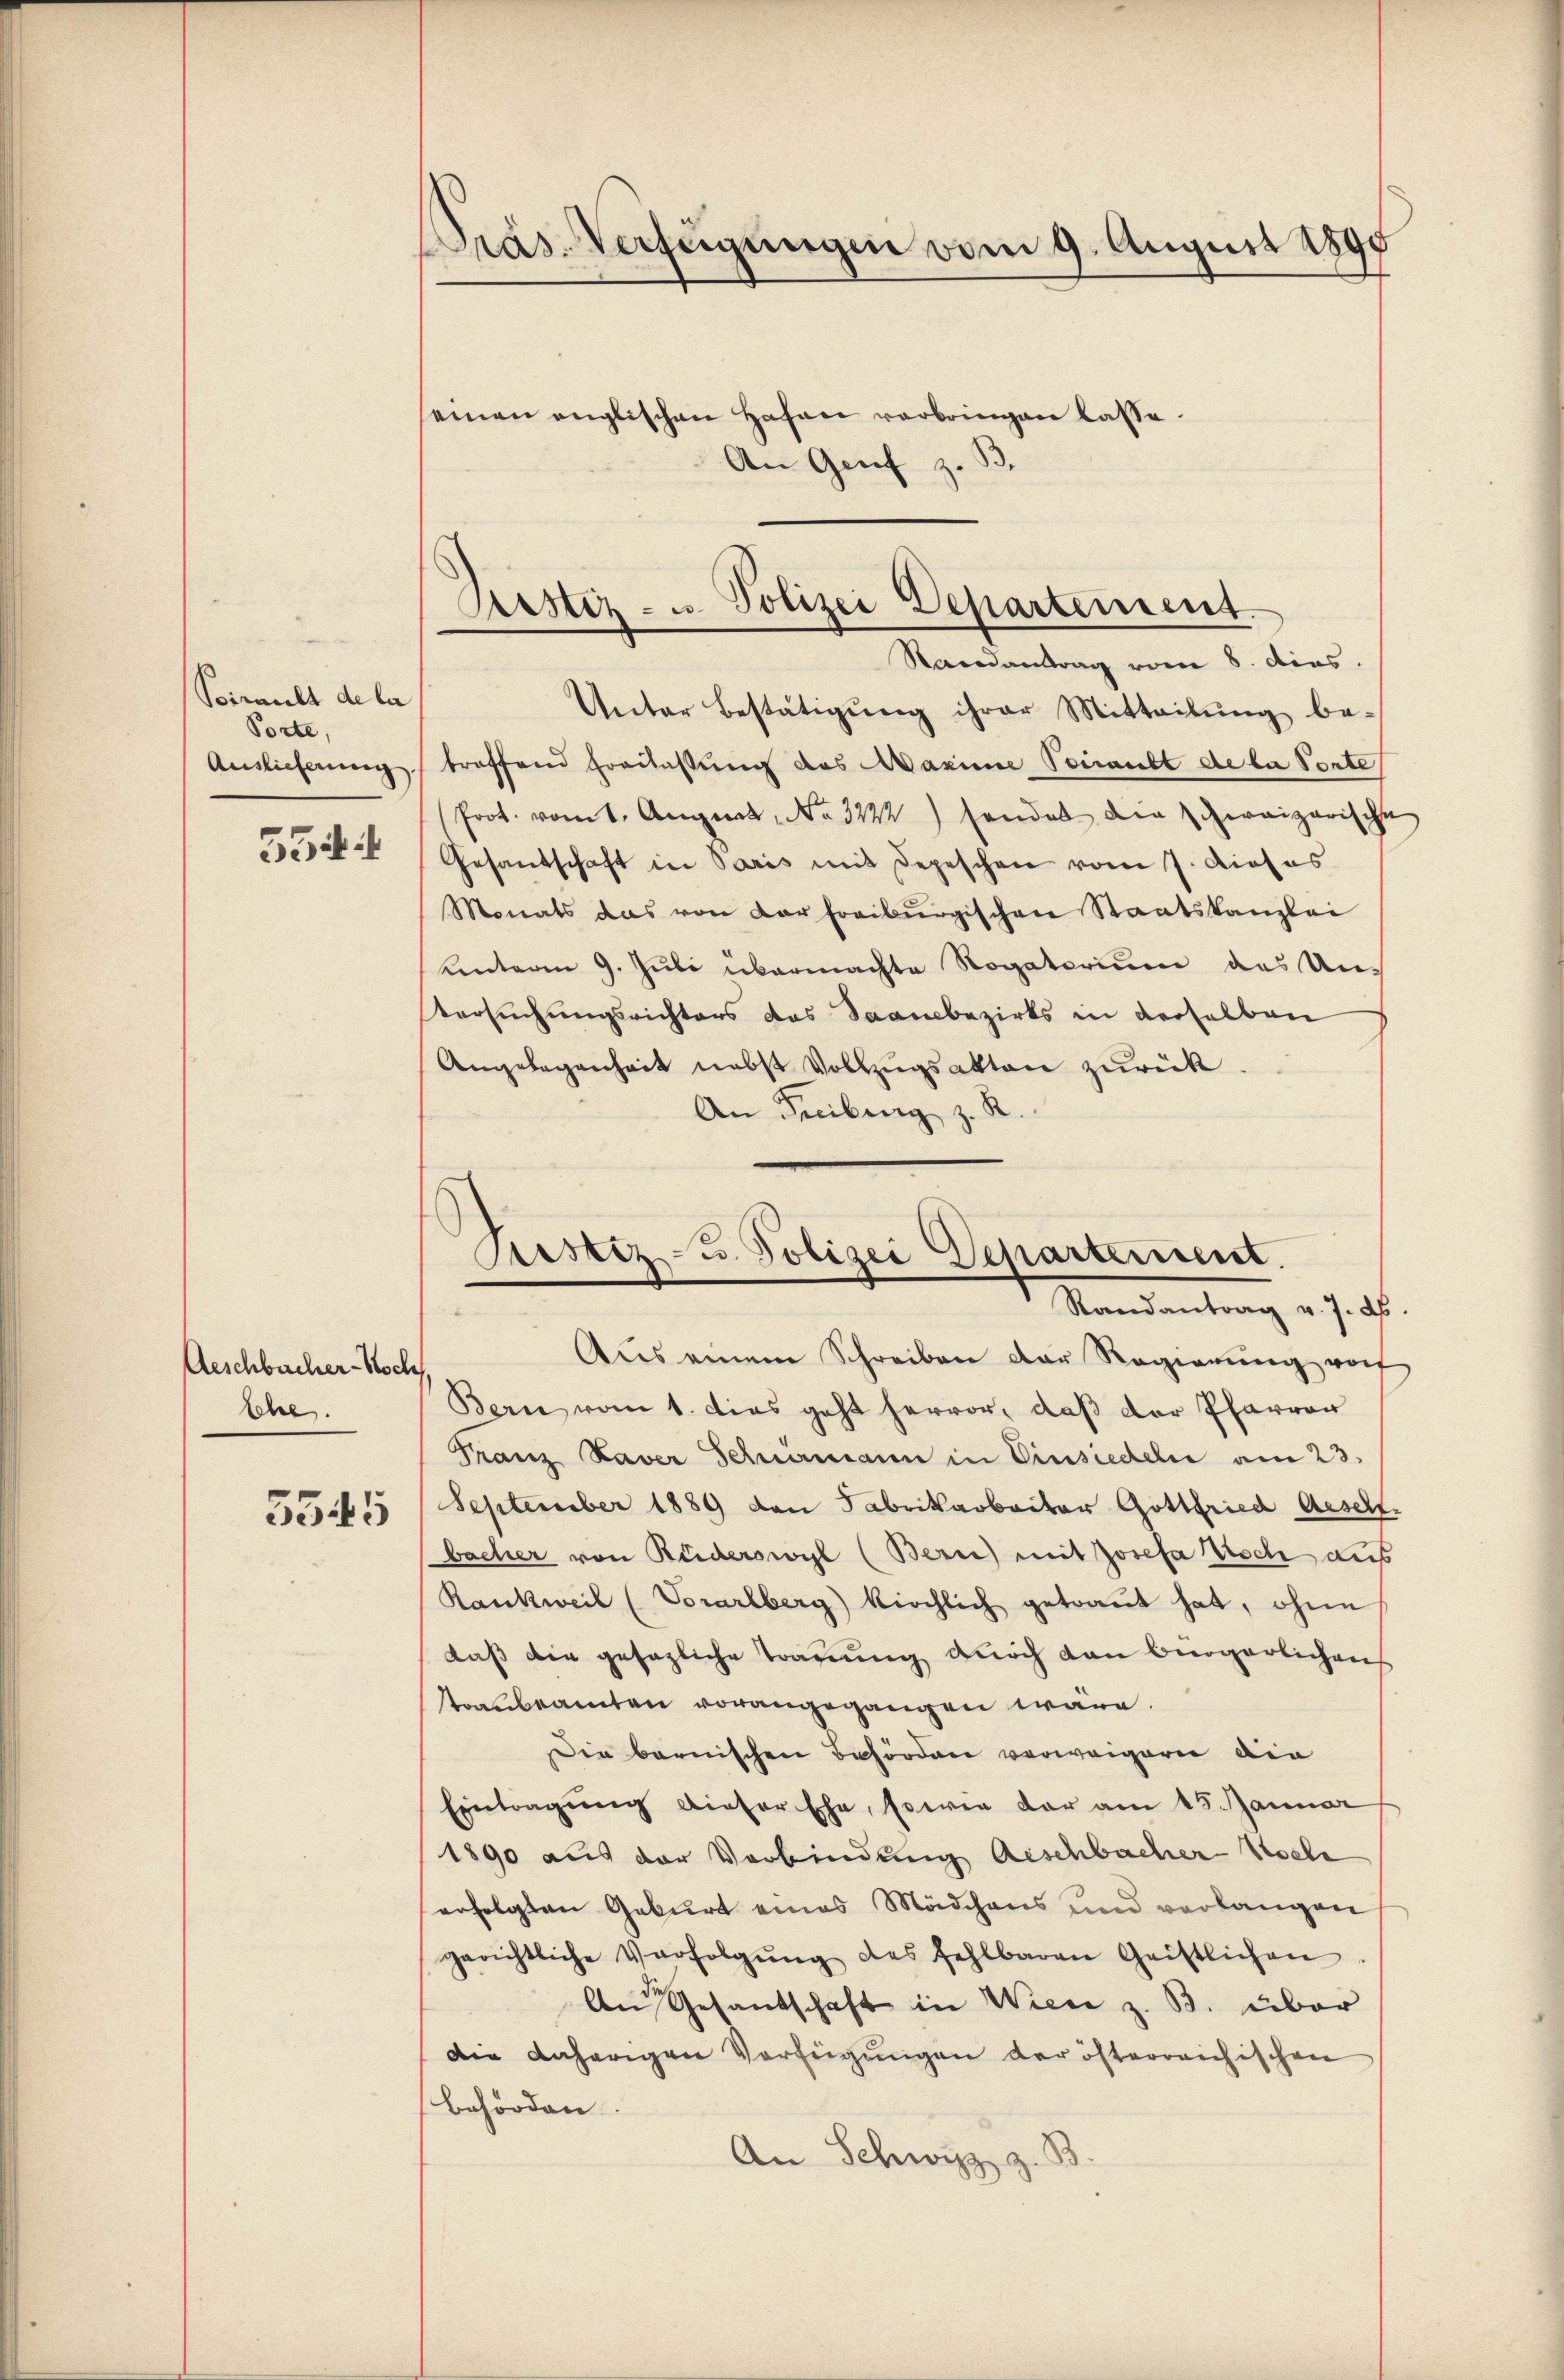
Poirant de la
Porte,
Auslieferung
554

Aeschbacher-Noch
Ehe.
5545

pras. Verfügungen vom 9. August 1890
seinen englischen Hafen vorbringen lasse.
An Genf z. B.

Astiz- u. Polizei Departement
Randantrag vom 8. dies.

Unter Bestätigŭng ihrer Mitteilŭng be-
troffend Franlaßung des Maxime Veraubt de la Porte
Prot. vom 1. August, No 3222) sonder die schweizerische
Gesandschaft in Paris mit Depeschen vom 7. Dieses
Monats das von der freiburgischen Staatskanzlei
Unterm 9. Juli übermachte Rogatorium das Untersuchungsrichters das Saambezirks in derselben
Angelegenheit nebst Vollzugsakten zurück
An Freiburg z. R.

Prustiz- u. Polizei Departement.
Randantrag v. J. ds.

Aus einem Schreiben der Regierŭng von
Bern vom 1. dies geht hervor, daß der Pfarren
Franz Xaver Schnamann in Einsiedeln am 23.
September 1889 den Fabrikarbeiter Gottfried Aeschl.
bacher von Ruderswyl (Bern) mit Josefa tisch aus
Rankweil (Vorarlberg) kirchlich getraŭt hat, ohne
daß die gesezliche Trauung durch dan bergerlichen
strafbeamten vorangegangen wäre.
Die barnischen Behörden verweigern die
Eintragŭng dieser Ehe, sowie der am 15. Januar
1890 aus der Verbindung Anschbacher Woche
erfolgten Geburt eines Mädchens und verlangen
gerichtliche Verfolgŭng des fehlbaren Geistlichen
An Gesandschaft in Wien z. B. über
Die daherigen Verfügungen der öfterreichischen
behörden.
An Schwyz z. B.